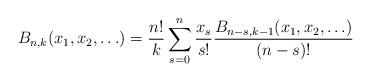
LaTeX: \begin{align*}B_{n,k}(x_1, x_2, \ldots) = \frac{n!}{k}\sum_{s=0}^n \frac{x_s}{s!}\frac{B_{n-s, k-1}(x_1, x_2, \ldots)}{(n-s)!}\end{align*}